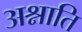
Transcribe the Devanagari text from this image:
अश्नाति